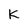
Character: K